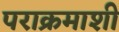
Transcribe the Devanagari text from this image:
पराक्रमाशी